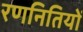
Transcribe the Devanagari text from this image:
रणनितियों